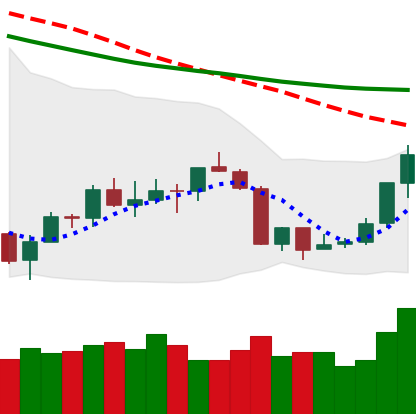
Ticker: ETH-USD
Chart end date: 2018-07-17
Forward return: -8.252%
Label: down_7plus